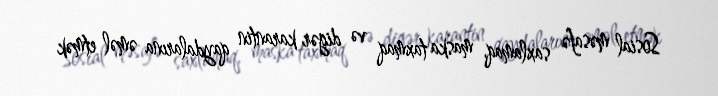
Sosial məsafə saxlamaq, maska taxmaq və digər karantin qaydalarına əməl etmək